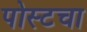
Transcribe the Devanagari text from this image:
पोस्टचा